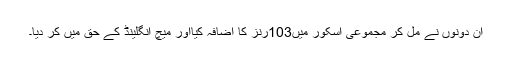
اُن دونوں نے مل کر مجموعی اسکور میں103رنز کا اضافہ کیااور میچ انگلینڈ کے حق میں کر دیا۔